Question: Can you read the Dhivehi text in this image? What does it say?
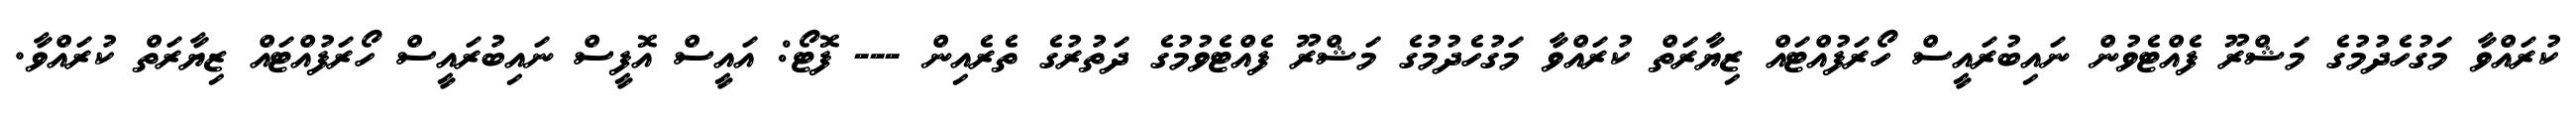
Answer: ކުރައްވާ މަގުހެދުމުގެ މަޝްރޫ ފެއްޓެވުން ނައިބުރައީސް ހޯރަފުއްޓައް ޒިޔާރަތް ކުރައްވާ މަގުހެދުމުގެ މަޝްރޫ ފެއްޓެވުމުގެ ދަތުރުގެ ތެރެއިން --- ފޮޓޯ: އައީސް އޮފީސް ނައިބުރައީސް ހޯރަފުއްޓައް ޒިޔާރަތް ކުރައްވާ.